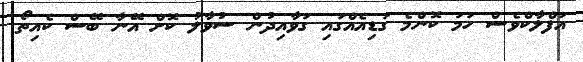
އަފްލާކްވެސް ހަމަ ކޮންމެ ގަޑިއެއްގައި ގަވާއިދުން ސުވާލު ކޮށް އޭނާ ބޭސް ކެއިތޯ